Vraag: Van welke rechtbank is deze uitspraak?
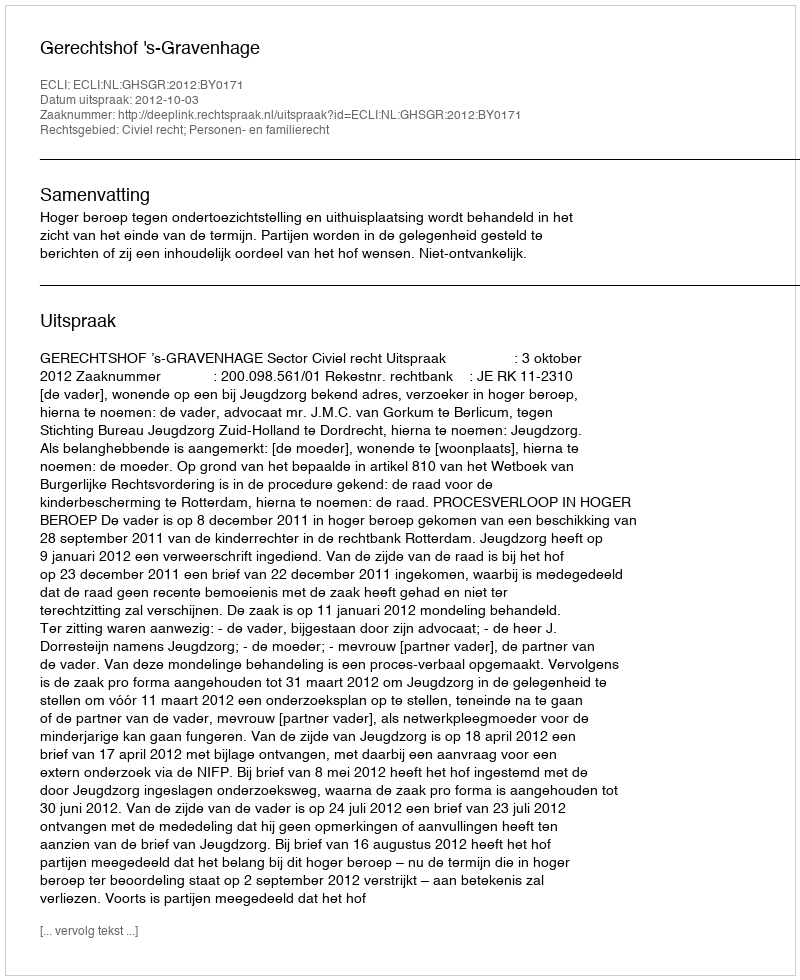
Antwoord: Gerechtshof 's-Gravenhage